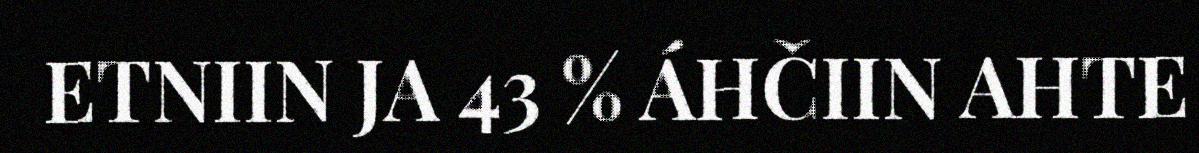
ETNIIN JA 43 % ÁHČIIN AHTE